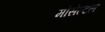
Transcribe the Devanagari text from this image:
मोसेल्टल